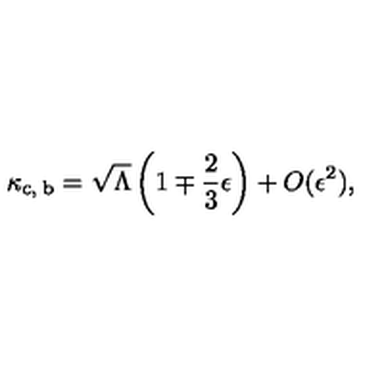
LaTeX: \kappa _ { \mathrm { c , \: b } } = \sqrt { \Lambda } \left( 1 \mp \frac { 2 } { 3 } \epsilon \right) + O ( \epsilon ^ { 2 } ) ,